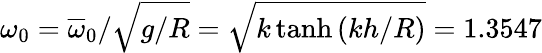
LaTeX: \omega_{0}=\overline{{\omega}}_{0}/\sqrt{g/R}=\sqrt{k\operatorname{tanh}{\left(kh/R\right)}}=1.3547